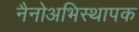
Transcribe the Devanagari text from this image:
नैनोअभिस्थापक